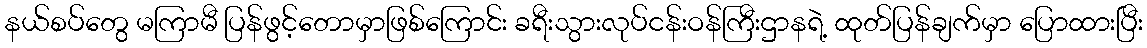
နယ်စပ်တွေ မကြာမီ ပြန်ဖွင့်တောမှာဖြစ်ကြောင်း ခရီးသွားလုပ်ငန်းဝန်ကြီးဌာနရဲ့ ထုတ်ပြန်ချက်မှာ ပြောထားပြီး